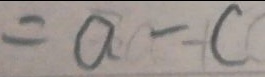
= a - c